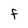
Character: F